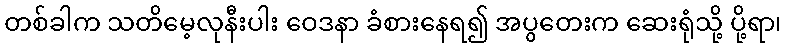
တစ်ခါက သတိမေ့လုနီးပါး ဝေဒနာ ခံစားနေရ၍ အပွတေးက ဆေးရုံသို့ ပို့ရာ၊